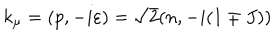
k _ { \mu } = ( p , - i \varepsilon ) = \sqrt { 2 } ( n , - i ( 1 \mp J ) )